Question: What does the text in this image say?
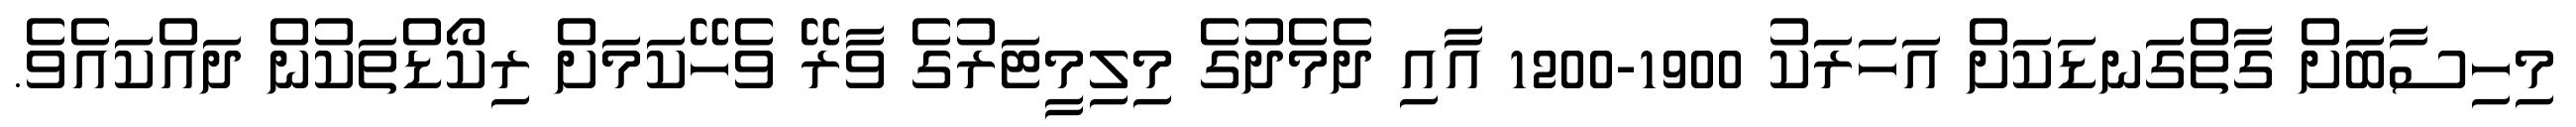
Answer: މިހިސާބަށް ގާތްގަނޑަކަށް އަހަރަކު 1900-1200 އާއި ދެމެދުގެ މިލިމީޓަރުގެ ވާރޭ ވެހޭކަމަށް ރިކޯޑްތަކުން ދައްކައެވެ.